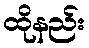
ထိုနည်း